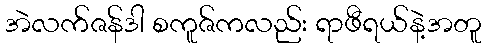
အဲလက်ဇန်ဒါ စကူဇ်ကလည်း ရာဖီရယ်နဲ့အတူ